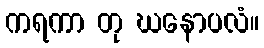
ကရကာ တု ဃနောပလံ။